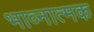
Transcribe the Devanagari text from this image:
भाव्नात्मक